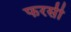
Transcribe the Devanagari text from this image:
फरसी